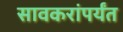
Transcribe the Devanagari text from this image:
सावकरांपर्यंत